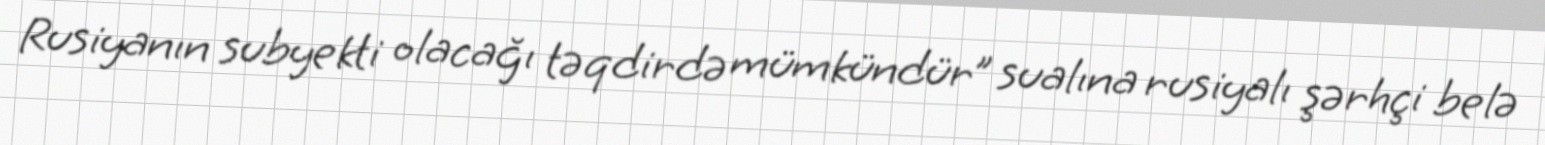
Rusiyanın subyekti olacağı təqdirdə mümkündür” sualına rusiyalı şərhçi belə